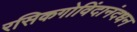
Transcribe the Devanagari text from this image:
रसिकगोविंदानंदधन